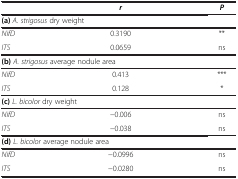
|  | r | P |
 | --- | --- | --- |
 | <COLSPAN=3> (a) A. strigosus dry weight |
 | NifD | 0.3190 | ** |
 | ITS | 0.0659 | ns |
 | <COLSPAN=3> (b) A. strigosus average nodule area |
 | NifD | 0.413 | *** |
 | ITS | 0.128 | * |
 | <COLSPAN=3> (c) L. bicolor dry weight |
 | NifD | -0.006 | ns |
 | ITS | -0.038 | ns |
 | <COLSPAN=3> (d) L. bicolor average nodule area |
 | NifD | -0.0996 | ns |
 | ITS | -0.0280 | ns |